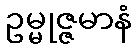
ဥမ္မုဇ္ဇမာနံ